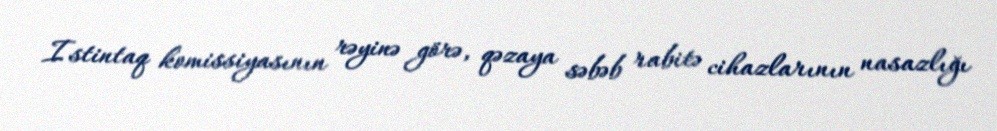
Istintaq komissiyasının rəyinə görə, qəzaya səbəb rabitə cihazlarının nasazlığı